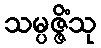
သမ္ပဇ္ဇိံသု